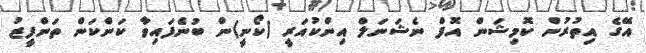
އޭގެ އިތުރުން ކޮމިޝަން އޮފް ނެޝަނަލް އިންކުއަރީ (ކޯނީ)ން ބުނެފައިވާ ކަންކަން ތަންފީޒު